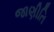
જાણીતિ